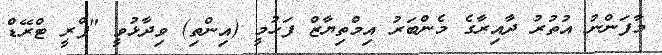
މާފަންނު އުތުރު ދާއިރާގެ މެންބަރު އިމްތިޔާޒް ފަހުމީ (އިންތި) ވިދާޅުވީ "ފްރީ ޓްރޭޑް